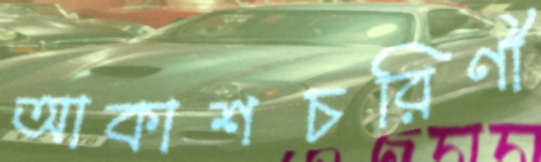
আকাশচরিণী